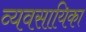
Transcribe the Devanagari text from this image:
व्यवसायिका